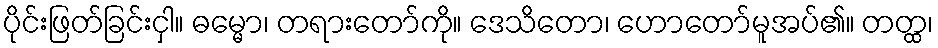
ပိုင်းဖြတ်ခြင်းငှါ။ ဓမ္မော၊ တရားတော်ကို။ ဒေသိတော၊ ဟောတော်မူအပ်၏။ တတ္ထ၊